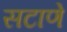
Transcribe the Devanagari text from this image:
सटाणे